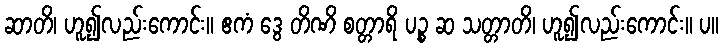
ဆာတိ၊ ဟူ၍လည်းကောင်း။ ဧကံ ဒွေ တိဏိ စတ္တာရိ ပဉ္စ ဆ သတ္တာတိ၊ ဟူ၍လည်းကောင်း။ ပ။